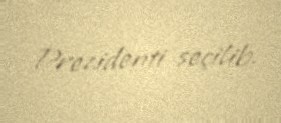
Prezidenti seçilib.